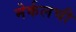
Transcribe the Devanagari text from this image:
मेर्कलची